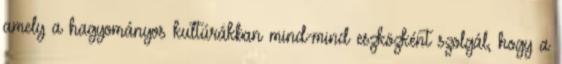
amely a hagyományos kultúrákban mind-mind eszközként szolgál, hogy a